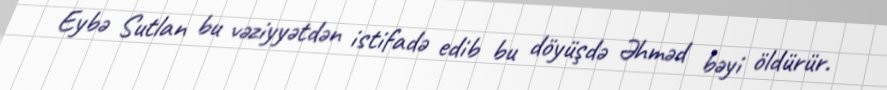
Eybə Sutlan bu vəziyyətdən istifadə edib bu döyüşdə Əhməd bəyi öldürür.